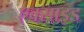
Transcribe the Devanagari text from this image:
एक्साइड